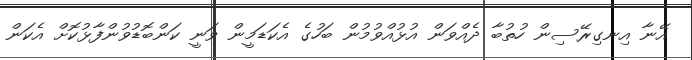
އޭނާ އިނގިރޭސިން ހުތުބާ ދެއްވަން އުޅުއްވުމުން ބަހުގެ އެކަޑަމީން ވަނީ ކަންބޮޑުވުންފާޅުކޮށް އެކަން